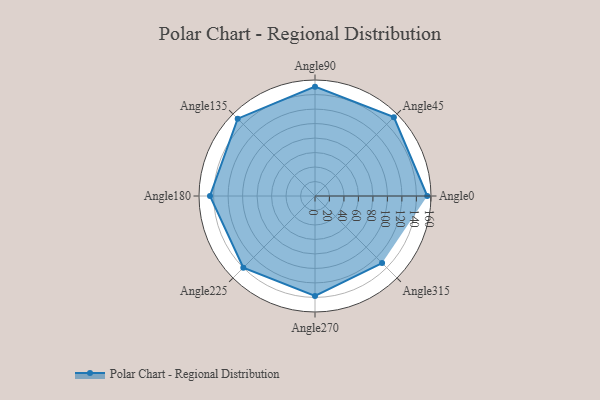
{"axis": {"x": "Angle", "y": "Radius"}, "legend": [""], "data": [{"x": "Angle0", "y": 155.0, "type": ""}, {"x": "Angle45", "y": 154.0, "type": ""}, {"x": "Angle90", "y": 151.0, "type": ""}, {"x": "Angle135", "y": 151.0, "type": ""}, {"x": "Angle180", "y": 145.0, "type": ""}, {"x": "Angle225", "y": 140.0, "type": ""}, {"x": "Angle270", "y": 138.0, "type": ""}, {"x": "Angle315", "y": 131.0, "type": ""}]}